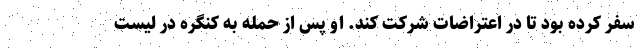
سفر کرده بود تا در اعتراضات شرکت کند. او پس از حمله به کنگره در لیست